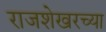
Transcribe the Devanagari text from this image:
राजशेखरच्या